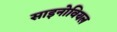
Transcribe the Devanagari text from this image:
साइनोवियल